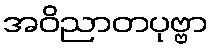
အဝိညာတပုဗ္ဗာ